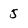
Character: 5